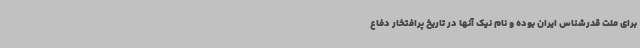
برای ملت قدرشناس ایران بوده و نام نیک آنها در تاریخ پرافتخار دفاع